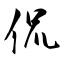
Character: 侃